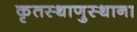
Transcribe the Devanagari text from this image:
कृतस्थाणुस्थाना